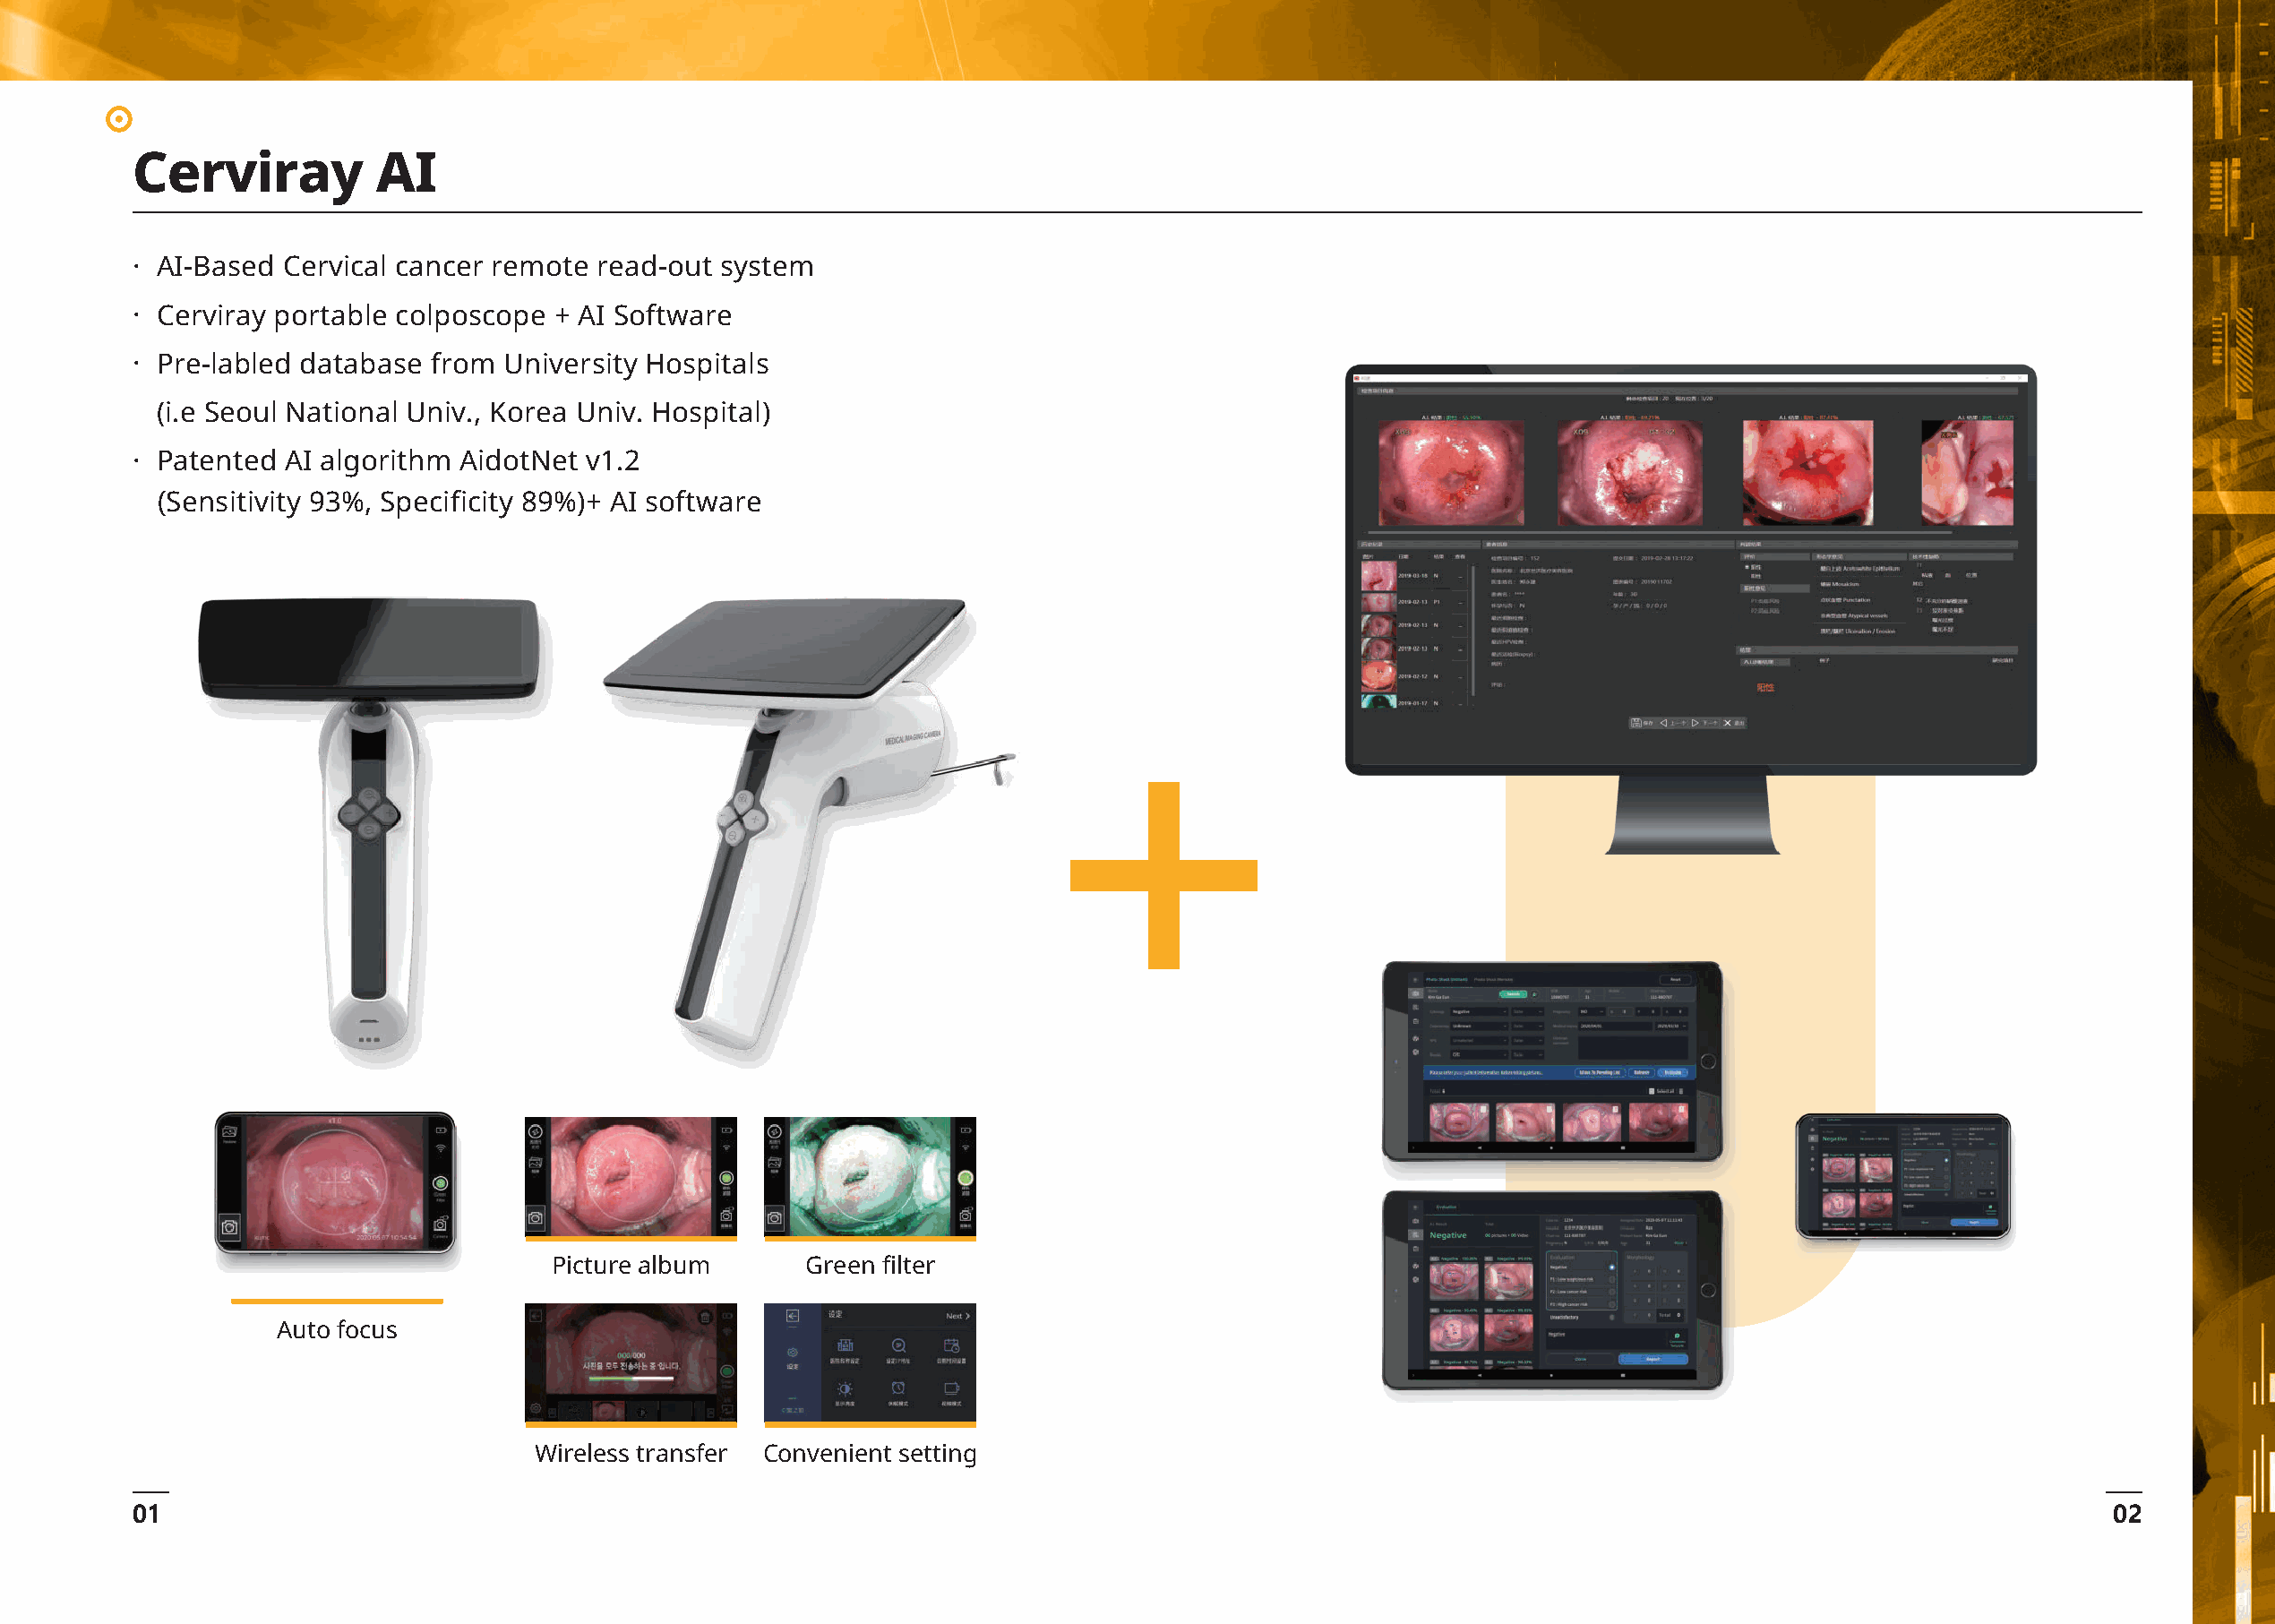
Cerviray          AI
 · AI-Based Cervical cancer remote read-out system
 · Cerviray portable colposcope + AI Software
 · Pre-labled database from University Hospitals
 (i.e Seoul National Univ., Korea Univ. Hospital)
 · Patented AI algorithm AidotNet v1.2
 (Sensitivity 93%, Specificity 89%)+ AI software
 Picture album      Green filter
 Auto focus
 Wireless transfer Convenient setting
 01                                                                                                                                                02